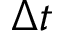
\Delta t